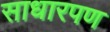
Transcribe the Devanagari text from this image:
साधारपण